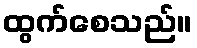
ထွက်စေသည်။